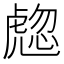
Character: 𧇰